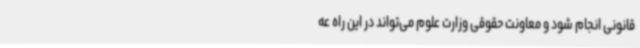
قانونی انجام شود و معاونت حقوقی وزارت علوم می‌تواند در این راه عه